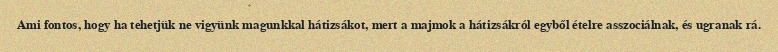
Ami fontos, hogy ha tehetjük ne vigyünk magunkkal hátizsákot, mert a majmok a hátizsákról egyből ételre asszociálnak, és ugranak rá.